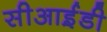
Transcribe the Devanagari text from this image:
सीआई़डी